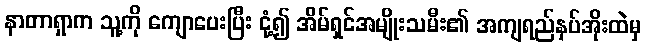
နာတာရှာက သူ့ကို ကျောပေးပြီး ငုံ့၍ အိမ်ရှင်အမျိုးသမီး၏ အကျရည်နှပ်အိုးထဲမှ